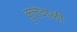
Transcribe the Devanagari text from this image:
कुत्तेवाली